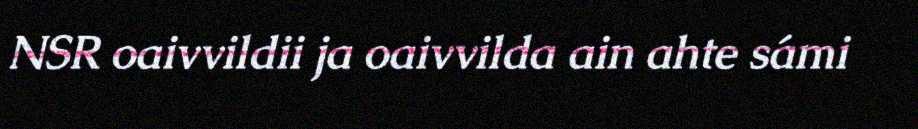
NSR oaivvildii ja oaivvilda ain ahte sámi